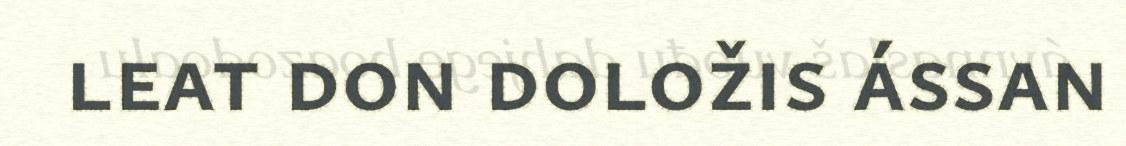
leat don doložis ássan